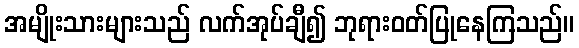
အမျိုးသားများသည် လက်အုပ်ချီ၍ ဘုရားဝတ်ပြုနေကြသည်။